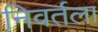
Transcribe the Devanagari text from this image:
निवर्तला